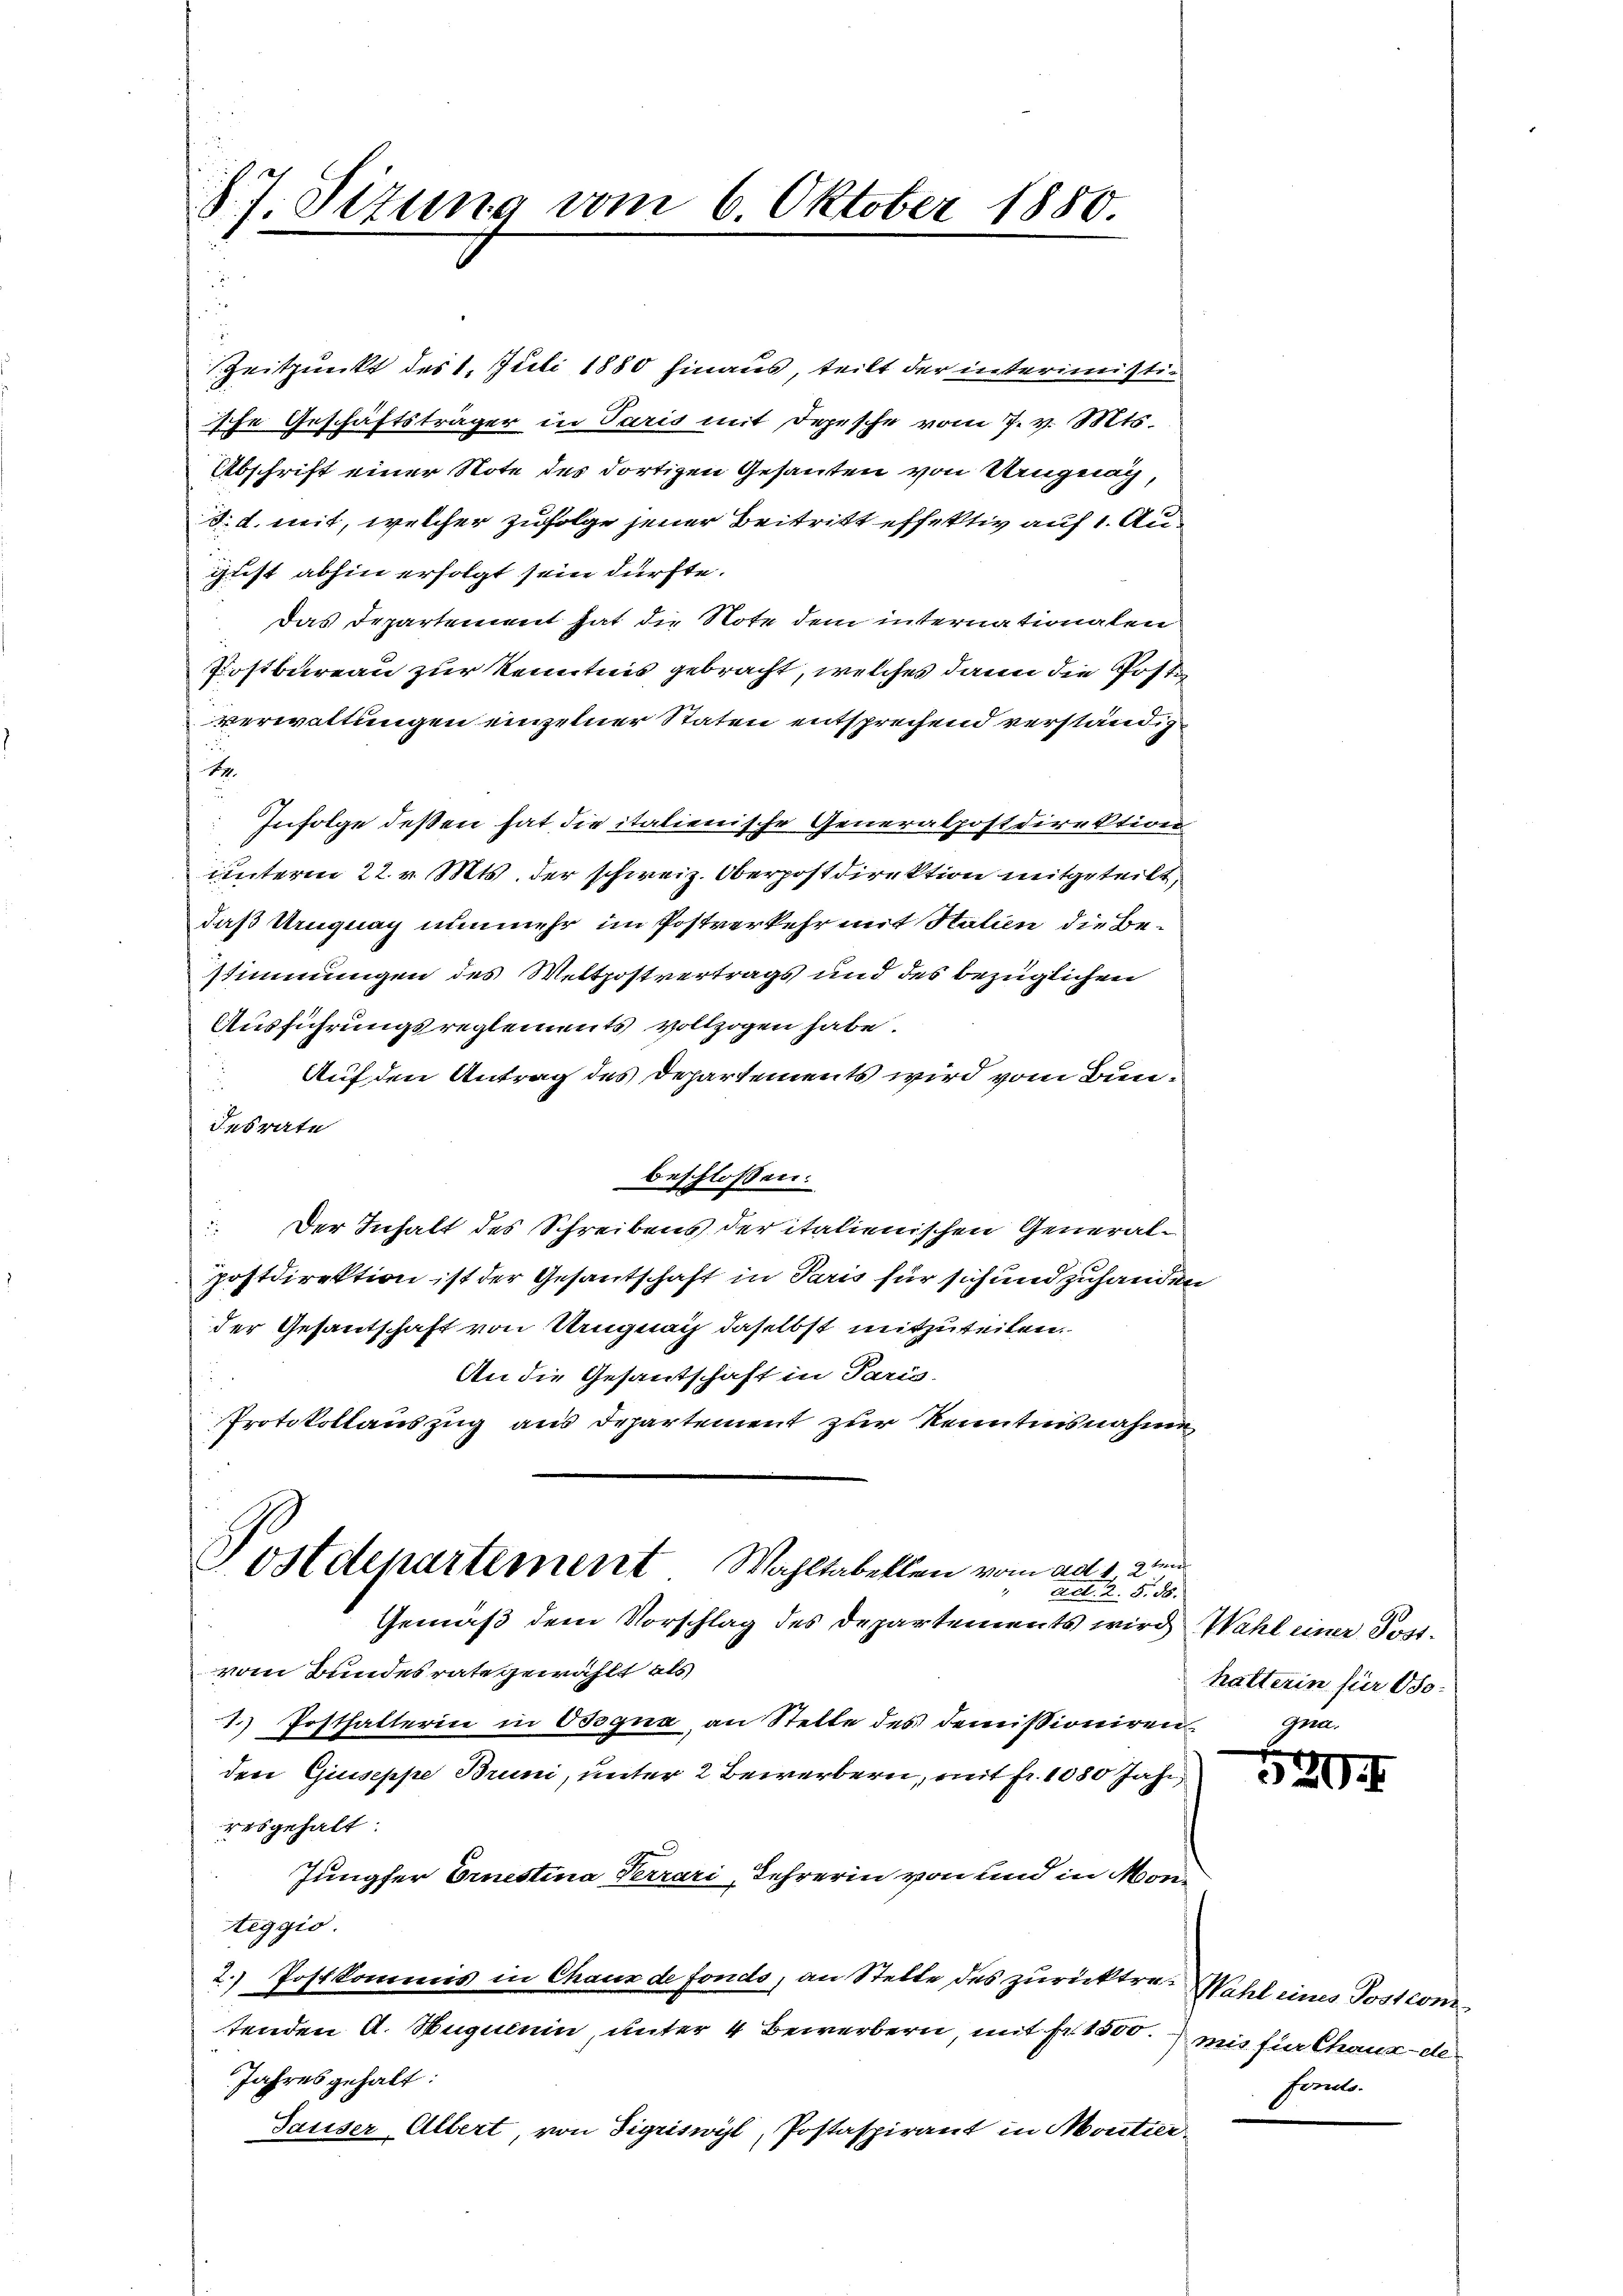
§. 7. Sizung vom 6. Oktober 1880.

Zeitpunkt des 1. Juli 1880 hinaus, teilt der interimistiische Geschäftsträger in Paris mit Depesche vom 7. v. Mts.
Abschrift einer Note des dortigen Gesanten von Ungnag,
d. d. mit, welcher zufolge jener Beitritt effektiv auf 1. August abhin erfolgt sein dürfte.
Das Departement hat die Note dem internationalen
Postbureau zur Kenntnis gebracht, welches dann die Postverwaltungen einzelner Staten entsprechend verständig¬
E
Infolge deßen hat, die italienische Generalpostdirektion
unterm 22. v. Mts. der schweiz. Oberpostdirektion mitgeteilt,
daß Uruguay nunmehr im Postverkehr mit Stalien die Bestimmungen des Weltpostvertrags und des bezüglichen
Ausführungsreglements vollzogen habe.
Auf den Antrag des Departements wird vom Bund
Iesrate
beschlossen:
 Der Inhalt des Schreibens der italienischen Generalpostdirektion ist der Gesantschaft in Paris für sich und zuhanden
der Gesantschaft von Ungnach daselbst mitzuteilen.
An die Gesantschaft in Paris
f
Protokollauszug aus Departement zur Kenntnisnahme

Postdepartement Wahltabellen vom ad 1. den
Act. A. §. 8.
Gemäß dem Vorschlag des Departements wird Wahl einer Post¬

vom Bundesrate gewählt als
1. Posthalterin in Ossgna an Stelle des demissioniren
den Giuseppe Bruni, unter 2 Bewerbern, mit fr. 1080 Jahr
ersgehalt:
Jungfer Ernestina Terrari, Lehrerin von und in Monteggio.
2.) Postkommis in Chaux de fondo, an Stelle des zurücktre. Wahl eines Postcomtenden A. Huguenin, unter 4 Bewerbern, mit Fr. 1800. mir für Chaux-de
Jahres gehalt:
Sauser Albert, von Sigriswyl, Postaspirant in Moutier

hatterin für Iso¬
Gen

529.

Forts.